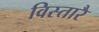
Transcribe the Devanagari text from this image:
विस्तारै